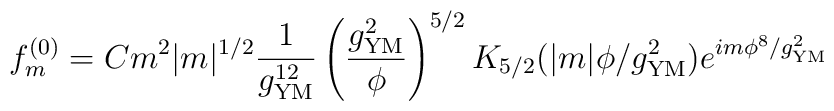
f^{(0)}_m = C  m^2 |m|^{1/2} \frac{1}{g_{\rm YM}^{12}} 	  \left( \frac{g_{\rm YM}^2}{\phi} \right)^{5/2}	  K_{5/2} (|m| \phi / g_{\rm YM}^2)           e^{i m \phi^8 /g_{\rm YM}^2 }